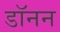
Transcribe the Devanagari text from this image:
डॉनन